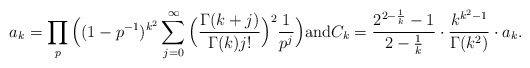
\begin{align*} a_k= \prod_p\Big( (1-p^{-1})^{k^2} \sum_{j=0}^{\infty}\Big(\frac{\Gamma(k+j)}{\Gamma(k)j!}\Big)^2\frac{1}{p^{j}} \Big) \mbox{and} C_k=\frac{2^{2-\frac1k}-1}{2-\frac1k} \cdot \frac{k^{k^2-1}}{\Gamma(k^2)}\cdot a_k.\end{align*}